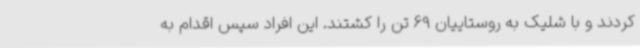
کردند و با شلیک به روستاییان 69 تن را کشتند. این افراد سپس اقدام به